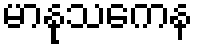
မာနုသကေန